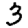
Digit: 3